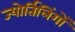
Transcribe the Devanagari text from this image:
ज्‍योर्तिलिंगों